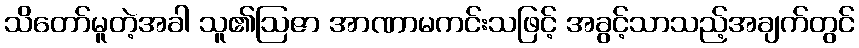
သိတော်မူတဲ့အခါ သူ၏ဩဇာ အာဏာမကင်းသဖြင့် အခွင့်သာသည့်အချက်တွင်